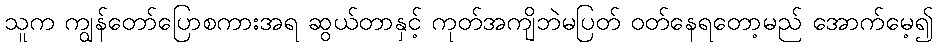
သူက ကျွန်တော်ပြောစကားအရ ဆွယ်တာနှင့် ကုတ်အကျိဘဲမပြတ် ဝတ်နေရတော့မည် အောက်မေ့၍